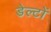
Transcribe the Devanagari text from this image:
डेल्टों